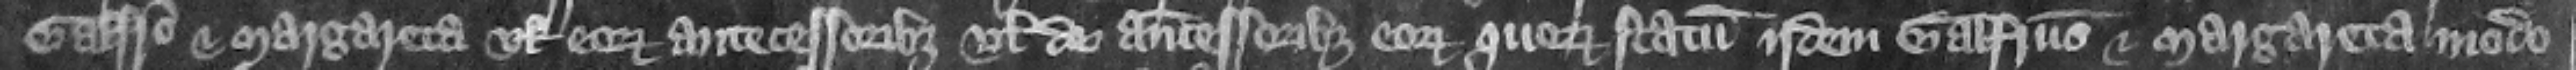
Galfrido et Margareta vel eorum antecessoribus vel de antecessoribus corum quorum statum idem Galfridus et Margareta modo